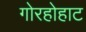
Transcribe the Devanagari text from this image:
गोरहोहाट